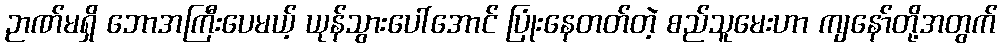
ဉာဏ်မရှိ ဘောအကြီးပေမယ့် ယုန်သွားပေါ်အောင် ပြုံးနေတတ်တဲ့ စည်သူမေးဟာ ကျနော်တို့အတွက်